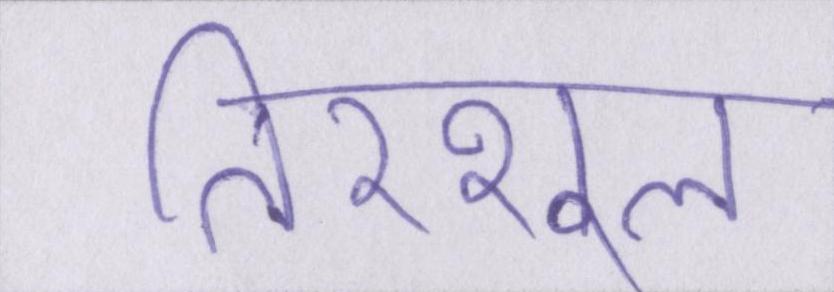
तिरशूल